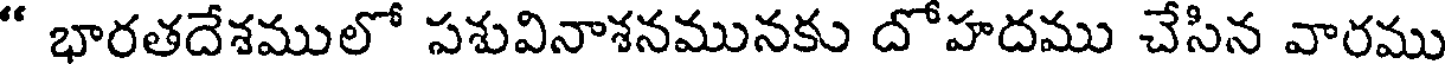
" భారతదేశములో సశువినాశనమునకు దోహదము చేసిన వారము